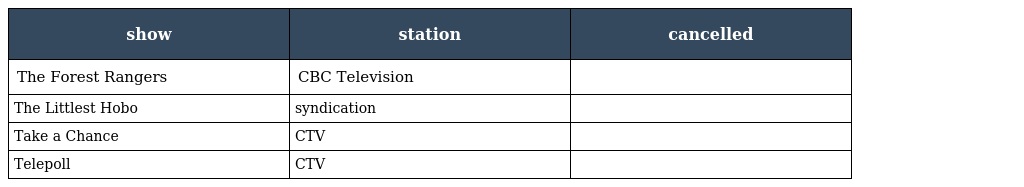
| show | station | cancelled |
 | --- | --- | --- |
 | The Forest Rangers | CBC Television |  |
 | The Littlest Hobo | syndication |  |
 | Take a Chance | CTV |  |
 | Telepoll | CTV |  |